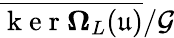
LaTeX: \overline{{\mathrm{~k~e~r~}\mathbf{\Omega}_{L}(\mathfrak{u})}}/\mathcal{G}